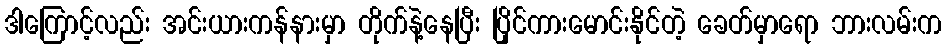
ဒါကြောင့်လည်း အင်းယားကန်နားမှာ တိုက်နဲ့နေပြီး ပြိုင်ကားမောင်းနိုင်တဲ့ ခေတ်မှာရော ဘားလမ်းက